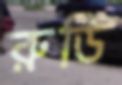
রুডি